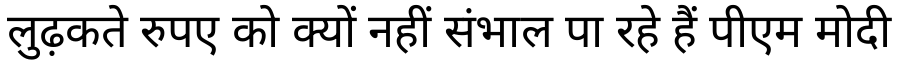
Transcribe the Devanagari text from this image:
लुढ़कते रुपए को क्यों नहीं संभाल पा रहे हैं पीएम मोदी